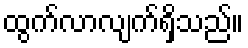
ထွက်လာလျက်ရှိသည်။